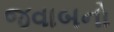
જવાબનો